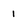
Character: 1